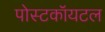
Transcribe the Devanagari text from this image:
पोस्टकॉयटल